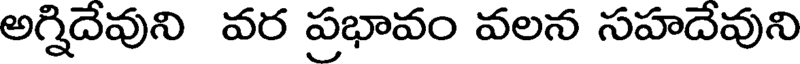
అగ్నిదేవుని వర ప్రభావం వలన సహదేవుని